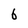
Character: 6